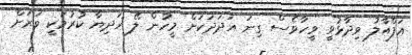
އަފްއާލު ވިދާޅުވީ ވީހާވެސް ގިނަ އަދަދަކަށް މީހުން ލޭ ހަދިޔާ ކުރުމަކީ ވަރަށް